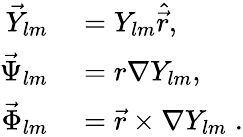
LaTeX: \begin{array}{rl}{\vec{Y}_{lm}}&{{}=Y_{lm}\hat{\vec{r}},}\\ {\vec{\Psi}_{lm}}&{{}=r\nabla Y_{lm},}\\ {\vec{\Phi}_{lm}}&{{}=\vec{r}\times\nabla Y_{lm}\; .}\end{array}